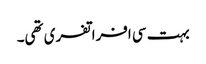
بہت سی افراتفری تھی۔